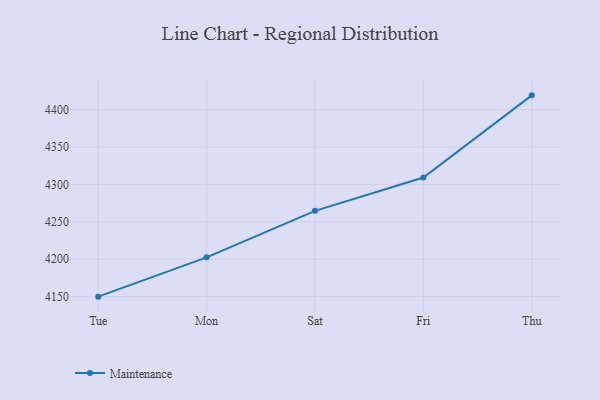
{"axis": {"x": "Day", "y": "Backlog"}, "legend": ["Maintenance"], "data": [{"x": "Tue", "y": 4150.0, "type": "Maintenance"}, {"x": "Mon", "y": 4202.5, "type": "Maintenance"}, {"x": "Sat", "y": 4264.7, "type": "Maintenance"}, {"x": "Fri", "y": 4309.2, "type": "Maintenance"}, {"x": "Thu", "y": 4419.0, "type": "Maintenance"}]}